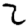
Digit: 2